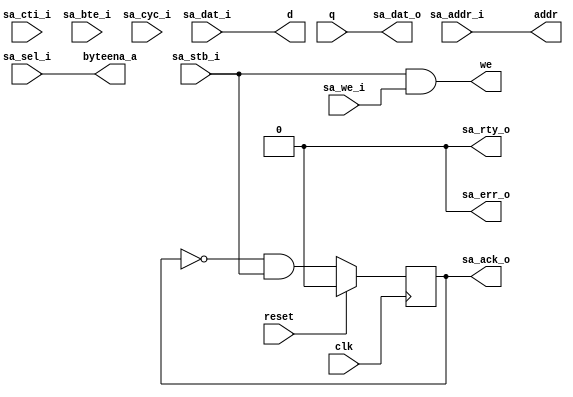
/**********************************************************************
**	   
**    
**	Copyright (C) 2014-2017  Alireza Monemi
**    
**	This file is part of ProNoC 
**
**	ProNoC ( stands for Prototype Network-on-chip)  is free software: 
**	you can redistribute it and/or modify it under the terms of the GNU
**	Lesser General Public License as published by the Free Software Foundation,
**	either version 2 of the License, or (at your option) any later version.
**
** 	ProNoC is distributed in the hope that it will be useful, but WITHOUT
** 	ANY WARRANTY; without even the implied warranty of MERCHANTABILITY
** 	or FITNESS FOR A PARTICULAR PURPOSE.  See the GNU Lesser General
** 	Public License for more details.
**
** 	You should have received a copy of the GNU Lesser General Public
** 	License along with ProNoC. If not, see <http:**www.gnu.org/licenses/>.
**
**
**	Description: 
**	memory wishbone bus interface controller
**	
**
*******************************************************************/ 



`timescale	 1ns/1ps

module wb_bram_ctrl #(
    parameter Dw=32, //RAM data_width in bits
    parameter Aw=10, //RAM address width

    // wishbon bus param
    parameter BURST_MODE = "DISABLED", // "DISABLED" , "ENABLED" wisbone bus burst mode 
    parameter SELw = Dw/8,
    parameter CTIw = 3,
    parameter BTEw = 2 
)(
    clk,
    reset,
    
     //wishbone bus interface
    sa_dat_i,
    sa_sel_i,
    sa_addr_i,  
    sa_cti_i, 
    sa_bte_i,  
    sa_stb_i,
    sa_cyc_i,
    sa_we_i,    
    sa_dat_o,
    sa_ack_o,
    sa_err_o,
    sa_rty_o,
    
    // BRAM interface 
    byteena_a,
    d,
    addr,
    we,
    q
      

);

    input            clk;
    input            reset;
    
   // BRAM interface 
    output   [Dw-1   :   0]  d;
    output   [Aw-1   :   0]  addr;
    output                 we;
    input  [Dw-1    :   0]  q;
    output [SELw-1 :   0]  byteena_a;

// Wishbone bus interface
    input       [Dw-1       :   0]      sa_dat_i;
    input       [SELw-1     :   0]      sa_sel_i;
    input       [Aw-1       :   0]      sa_addr_i;  
    
    input                      sa_stb_i;
    input                      sa_cyc_i;
    input                      sa_we_i;
    input       [CTIw-1     :   0]      sa_cti_i;
    input       [BTEw-1     :   0]      sa_bte_i;
    
    
    output     [Dw-1       :   0]      sa_dat_o;
    output                    sa_ack_o;
    output                     sa_err_o;
    output                     sa_rty_o;

    wire sa_ack;
    
    
    // 3'b100 is reserved in wb4 interface. It is used for ni
   // wire sa_ack_ni_burst =   sa_stb_i ; //the ack is registerd inside the master in burst mode 
  //  assign sa_ack_o = (sa_cti_i == 3'b100 ) ?  sa_ack_ni_burst: sa_ack;
    
    assign sa_ack_o =  sa_ack;

    generate if (BURST_MODE== "ENABLED") begin : burst_wb
	assign byteena_a =  {SELw{1'b1}}; // byte enable has been supported by the bram controller 
        wb_burst_bram_ctrl #(
         	.Dw(Dw),
         	.Aw(Aw),
         	.SELw(SELw),
         	.CTIw(CTIw),
         	.BTEw(BTEw)
        )
        bram_ctrl
        (
         	.clk(clk),
         	.reset(reset),
         	.d(d),
         	.addr(addr),
         	.we(we),
         	.q(q),
         	.sa_dat_i(sa_dat_i),
         	.sa_sel_i(sa_sel_i),
         	.sa_addr_i(sa_addr_i),
         	.sa_stb_i(sa_stb_i),
         	.sa_cyc_i(sa_cyc_i),
         	.sa_we_i(sa_we_i),
         	.sa_cti_i(sa_cti_i),
		.sa_bte_i(sa_bte_i),
         	.sa_dat_o(sa_dat_o),
         	.sa_ack_o(sa_ack),
         	.sa_err_o(sa_err_o),
         	.sa_rty_o(sa_rty_o)
     );

    end else begin : no_burst


     assign sa_dat_o =   q;
     assign d     =   sa_dat_i ;
     assign addr     =   sa_addr_i;
     assign we       =   sa_stb_i &  sa_we_i;
     assign sa_err_o =   1'b0;
     assign sa_rty_o =   1'b0; 
     assign byteena_a= sa_sel_i;
     
     reg ack; 
     assign sa_ack = ack;
     
     always @(posedge clk ) begin
         if(reset) begin 
          ack  <= 1'b0;
         end else begin 
          ack  <= (~sa_ack_o) & sa_stb_i;
         end     
     end

    end
    endgenerate

endmodule









module wb_burst_bram_ctrl #(
	
	parameter Dw=32, //RAM data_width in bits
	parameter Aw=10, //RAM address width

	// wishbon bus param
	parameter	SELw   = Dw/8,
	parameter	CTIw   = 3,
	parameter   BTEw   = 2
	
)(
	clk,
	reset,
	
	 //wishbone bus interface
	sa_dat_i,
	sa_sel_i,
	sa_addr_i,	
	sa_cti_i,
	sa_bte_i,  	
	sa_stb_i,
	sa_cyc_i,
	sa_we_i,    
	sa_dat_o,
	sa_ack_o,
	sa_err_o,
	sa_rty_o,
	
	// BRAM interface 
	d,
	addr,
	we,
	q
		 

);

    `define UDLY  1 

	input            clk;
	input            reset;
    
   // BRAM interface 
	output   [Dw-1   :   0]  d;
	output   [Aw-1   :   0]  addr;
	output						 we;
	input  [Dw-1 	:   0]  q;

   
	
	// Wishbone bus interface
	input       [Dw-1       :   0]      sa_dat_i;
	input       [SELw-1     :   0]      sa_sel_i;
	input       [Aw-1       :   0]      sa_addr_i;  
	
	input                      sa_stb_i;
	input                      sa_cyc_i;
	input                      sa_we_i;
	input       [CTIw-1     :   0]      sa_cti_i;
	input       [BTEw-1     :   0]      sa_bte_i;
	
    
	output  reg   [Dw-1       :   0]      sa_dat_o;
	output  reg                  sa_ack_o;
	output  reg                   sa_err_o;
	output  reg                   sa_rty_o;

	

    //Burst Type Extension for Incrementing and Decrementing bursts
    localparam [1:0]
        LINEAR  = 2'b00,
        FOUR_BEAT =2'b01,
        EIGHT_BEAT=2'b10,
        SIXTEEN_BEAT =2'b11;
     
	

  
   
   
   localparam [2:0] ST_IDLE  = 3'b000,
			ST_BURST = 3'b001,
			ST_END   = 3'b010,
			ST_SUBRD = 3'b100,
			ST_SUB   = 3'b101,
			ST_SUBWR = 3'b110;
   
   
      
	 
	 /*----------------------------------------------------------------------
	  Internal Nets and Registers
	  ----------------------------------------------------------------------*/
	 wire [Dw-1:0] data;      // Data read from RAM
	 reg 			 write_enable; // RAM write enable
	 reg [Dw-1:0]  write_data, write_data_d;   // RAM write data
	 reg [Aw+1:0]  pmi_address,  pmi_address_nxt;
	 reg [Aw+1:0]  adr_linear_incr,adr_4_beat,adr_8_beat,adr_16_beat;
	 
	 reg [Aw-1:0]  read_address, write_address;   
	 reg 			 sa_ack_o_nxt;
	 reg [Dw-1:0]  read_data;
	// reg 			 read_enable;
	 reg 			 raw_hazard, raw_hazard_nxt;
	 reg [Dw-1:0]  sa_dat_i_d;
	 reg [3:0] 		 sa_sel_i_d;
	 reg 			 delayed_write;
	 
	 wire [Aw+1 : 0] addr_init = {sa_addr_i,2'b00};
	 /*----------------------------------------------------------------------
	  State Machine
	  ----------------------------------------------------------------------*/
	 reg [2:0] state, state_nxt;
	 
	 always @(*)
	   case (state)
	     ST_IDLE:
	       if (sa_stb_i && sa_cyc_i && (sa_ack_o == 1'b0))
		 if(sa_cti_i ==3'b100)
			state_nxt = ST_IDLE;
		 else if ((sa_cti_i == 3'b000) || (sa_cti_i == 3'b111) )
		   state_nxt = ST_END;
		 else
		   if (sa_we_i && (sa_sel_i != 4'b1111))
		     state_nxt = ST_SUBRD;
		   else
		     state_nxt = ST_BURST;
	       else
		 state_nxt = state;
	     
	     ST_BURST:
	       if (sa_cti_i == 3'b111)
		 state_nxt = ST_IDLE;
	       else
		 state_nxt = state;
	     
	     ST_SUBRD:
	       state_nxt = ST_SUB;
	     
	     ST_SUB:
	       if (sa_cti_i == 3'b111)
		 state_nxt = ST_SUBWR;
	       else
		 state_nxt = state;
	     
	     default:
	       state_nxt = ST_IDLE;
	   endcase
	 
	 /*----------------------------------------------------------------------
	  
	  ----------------------------------------------------------------------*/
	 always @(*)
	   if ((state == ST_SUB) && (read_address == write_address))
	     raw_hazard_nxt = 1'b1;
	   else
	     raw_hazard_nxt = 1'b0;
	 
	 /*----------------------------------------------------------------------
	  Set up read to EBR
	  ----------------------------------------------------------------------*/
	 always @(*)
	   begin
	   /*
	      if ((sa_we_i == 1'b0)
		  || (sa_we_i
		      && (((state == ST_IDLE) && ((sa_cti_i == 3'b000) || (sa_cti_i == 3'b111) || (sa_sel_i != 4'b1111)))
			  || (state == ST_SUBRD)
			  || ((state == ST_SUB) && (raw_hazard_nxt == 1'b0)))))
		read_enable = 1'b1;
	      else
		read_enable = 1'b0;
	      */
	      read_data = raw_hazard ? write_data_d : data;
	   end
	 
	 /*----------------------------------------------------------------------
	  Set up write to EBR
	  ----------------------------------------------------------------------*/
	 always @(*)
	   begin
	      if ((sa_we_i
		   && (// Word Burst Write (first write in a sequence)
		       ((state == ST_IDLE) 
			&& sa_cyc_i && sa_stb_i && (sa_cti_i != 3'b000) && (sa_cti_i !=3'b100) && (sa_cti_i != 3'b111) && (sa_sel_i == 4'b1111))
		       // Single Write
		       || (state == ST_END)
		       // Burst Write (all writes beyond first write)
		       || (state == ST_BURST)))
		  // Sub-Word Burst Write
		  || ((state == ST_SUB) || (state == ST_SUBWR)))
		write_enable = 1'b1;
	      else
		write_enable = 1'b0;

	      if ((state == ST_SUBRD) || (state == ST_SUB) || (state == ST_SUBWR))
		delayed_write = 1'b1;
	      else
		delayed_write = 1'b0;
	      
	      write_data[7:0]   = (delayed_write
				   ? (sa_sel_i_d[0] ? sa_dat_i_d[7:0] : read_data[7:0])
				   : (sa_sel_i[0] ? sa_dat_i[7:0] : data[7:0]));
	      write_data[15:8]  = (delayed_write
				   ? (sa_sel_i_d[1] ? sa_dat_i_d[15:8] : read_data[15:8])
				   : (sa_sel_i[1] ? sa_dat_i[15:8] : data[15:8]));
	      write_data[23:16] = (delayed_write
				   ? (sa_sel_i_d[2] ? sa_dat_i_d[23:16] : read_data[23:16])
				   : (sa_sel_i[2] ? sa_dat_i[23:16] : data[23:16]));
	      write_data[31:24] = (delayed_write
				   ? (sa_sel_i_d[3] ? sa_dat_i_d[31:24] : read_data[31:24])
				   : (sa_sel_i[3] ? sa_dat_i[31:24] : data[31:24]));
	   end
	 
	 
    /*----------------------------------------------------------------------
	Set up address to EBR
	----------------------------------------------------------------------*/
	always @(*) begin
        if (// First address of any access is obtained from Wishbone signals
		  (state == ST_IDLE)
		  // Read for a Sub-Word Wishbone Burst Write
		  || (state == ST_SUB)) read_address = sa_addr_i;
        else read_address = pmi_address[Aw+1:2];
	      
        if ((state == ST_SUB) || (state == ST_SUBWR))  write_address = pmi_address[Aw+1:2];
        else write_address = sa_addr_i;
	      
        // Keep track of first address and subsequently increment it by 4
        // bytes on a burst read
	    if (sa_we_i) begin
	        //pmi_address_nxt = sa_addr_i[Aw+1:0];
            adr_linear_incr= addr_init;
            adr_4_beat= addr_init;
            adr_8_beat= addr_init;
            adr_16_beat=addr_init;
	    end else
            if (state == ST_IDLE)
                if ((sa_sel_i == 4'b1000) || (sa_sel_i == 4'b0100) || (sa_sel_i == 4'b0010) || (sa_sel_i == 4'b0001))begin 
		            //pmi_address_nxt = sa_addr_i[Aw+1:0] + 1'b1;
		            adr_linear_incr= addr_init + 1'b1;
                    adr_4_beat= {addr_init[Aw+1 :4], addr_init[3:0] + 1'b1};
                    adr_8_beat= {addr_init[Aw+1 :5], addr_init[4:0] + 1'b1};
                    adr_16_beat={addr_init[Aw+1 :6], addr_init[5:0] + 1'b1};
                end else if ((sa_sel_i == 4'b1100) || (sa_sel_i == 4'b0011))begin 
                    //pmi_address_nxt = {(sa_addr_i[Aw+1:1] + 1'b1), 1'b0};
                    adr_linear_incr= {(addr_init[Aw+1:1]  + 1'b1), 1'b0};
                    adr_4_beat= {addr_init[Aw+1 :4], {addr_init[3:1] +1'b1},1'b0};
                    adr_8_beat= {addr_init[Aw+1 :5], {addr_init[4:1] +1'b1},1'b0};
                    adr_16_beat={addr_init[Aw+1 :6], {addr_init[5:1] +1'b1},1'b0};           
               end else begin 
		           //pmi_address_nxt = {(sa_addr_i[Aw+1:2] + 1'b1), 2'b00};
		            adr_linear_incr= {(addr_init[Aw+1:2]  + 1'b1), 2'b00};
		            adr_4_beat= {addr_init[Aw+1 :4], {addr_init[3:2] +1'b1},2'b00};
                    adr_8_beat= {addr_init[Aw+1 :5], {addr_init[4:2] +1'b1},2'b00};
                    adr_16_beat={addr_init[Aw+1 :6], {addr_init[5:2] +1'b1},2'b00};                       
		       end
		  else
    		  if ((sa_sel_i == 4'b1000) || (sa_sel_i == 4'b0100) || (sa_sel_i == 4'b0010) || (sa_sel_i == 4'b0001))begin 
                    //pmi_address_nxt_linear_incr = pmi_address + 1'b1;
                    adr_linear_incr= pmi_address + 1'b1;
                    adr_4_beat= {pmi_address[Aw+1 :4], pmi_address[3:0] + 1'b1};
                    adr_8_beat= {pmi_address[Aw+1 :5], pmi_address[4:0] + 1'b1};
                    adr_16_beat={pmi_address[Aw+1 :6], pmi_address[5:0] + 1'b1};      
    		  end else if ((sa_sel_i == 4'b1100) || (sa_sel_i == 4'b0011)) begin 
    		       // pmi_address_nxt = {pmi_address[Aw+1:1] + 1'b1), 1'b0};
    		        adr_linear_incr= {(pmi_address[Aw+1:1] + 1'b1), 1'b0};
    		        adr_4_beat= {pmi_address[Aw+1 :4], {pmi_address[3:1] + 1'b1},1'b0};
                    adr_8_beat= {pmi_address[Aw+1 :5], {pmi_address[4:1] + 1'b1},1'b0};
                    adr_16_beat={pmi_address[Aw+1 :6], {pmi_address[5:1] + 1'b1},1'b0}; 
    		  end else begin
                    //pmi_address_nxt_linear_incr = {(pmi_address[Aw+1:2] + 1'b1), 2'b00};
                    adr_linear_incr= {(pmi_address[Aw+1:2] + 1'b1), 2'b00};
                    adr_4_beat= {pmi_address[Aw+1 :4], {pmi_address[3:2] +1'b1},2'b00};
                    adr_8_beat= {pmi_address[Aw+1 :5], {pmi_address[4:2] +1'b1},2'b00};
                    adr_16_beat={pmi_address[Aw+1 :6], {pmi_address[5:2] +1'b1},2'b00};   
    		  end
	   end
	   
	   
	 
	   
	   always @(*)begin 
	       case(sa_bte_i)
                LINEAR:      pmi_address_nxt = adr_linear_incr;
                FOUR_BEAT:   pmi_address_nxt = adr_4_beat;
                EIGHT_BEAT:  pmi_address_nxt = adr_8_beat;
                SIXTEEN_BEAT:pmi_address_nxt = adr_16_beat;
    	   endcase
	  end
	   
	 
	 /*----------------------------------------------------------------------
	  Set up outgoing wishbone signals
	  ----------------------------------------------------------------------*/
	 always @(*)
	   begin
	      if (((state == ST_IDLE) && sa_cyc_i && sa_stb_i && (sa_ack_o == 1'b0))
		  || (state == ST_BURST)
		  || (state == ST_SUBRD)
		  || (state == ST_SUB))
		sa_ack_o_nxt = 1'b1;
	      else
		sa_ack_o_nxt = 1'b0;
	      
	      sa_dat_o = data;
	      sa_rty_o = 1'b0;
	      sa_err_o = 1'b0;
	   end
	 
	 /*----------------------------------------------------------------------
	  Sequential Logic
	  ----------------------------------------------------------------------*/
	 always @(posedge clk)
	   if (reset)
	     begin
		sa_ack_o <= #`UDLY 1'b0;
		sa_dat_i_d <= #`UDLY 0;
		sa_sel_i_d <= #`UDLY 0;
		state <= #`UDLY ST_IDLE;
		pmi_address <= #`UDLY 0;
		write_data_d <= #`UDLY 0;
		raw_hazard <= #`UDLY 0;
	     end
	   else
	     begin
		sa_ack_o <= #`UDLY sa_ack_o_nxt;
		sa_dat_i_d <= #`UDLY sa_dat_i;
		sa_sel_i_d <= #`UDLY sa_sel_i;
		state <= #`UDLY state_nxt;
		pmi_address <= #`UDLY pmi_address_nxt;
		write_data_d <= #`UDLY write_data;
		raw_hazard <= #`UDLY raw_hazard_nxt;
	     end
	 

	

	
	assign d 	= write_data;
	assign addr=(write_enable)? write_address : read_address;
	assign we 	= write_enable; 
	assign data= q;
	
	
	
endmodule